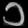
Digit: ၁